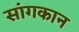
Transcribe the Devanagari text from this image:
सांगकान